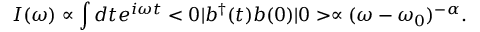
I ( \omega ) \propto \int d t e ^ { i \omega t } < 0 | b ^ { \dagger } ( t ) b ( 0 ) | 0 > \propto ( \omega - \omega _ { 0 } ) ^ { - \alpha } .